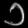
Digit: ၁